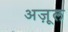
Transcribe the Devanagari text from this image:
अज़ूल